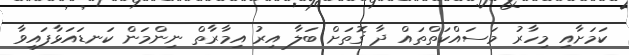
ކަމަށާއި މިހާރު މަސައްކަތްތައް ދާ ގޮތަށް ބަލާ އިރު އިމާރާތް ނިންމަން ކަނޑައަޅާފައިވާ